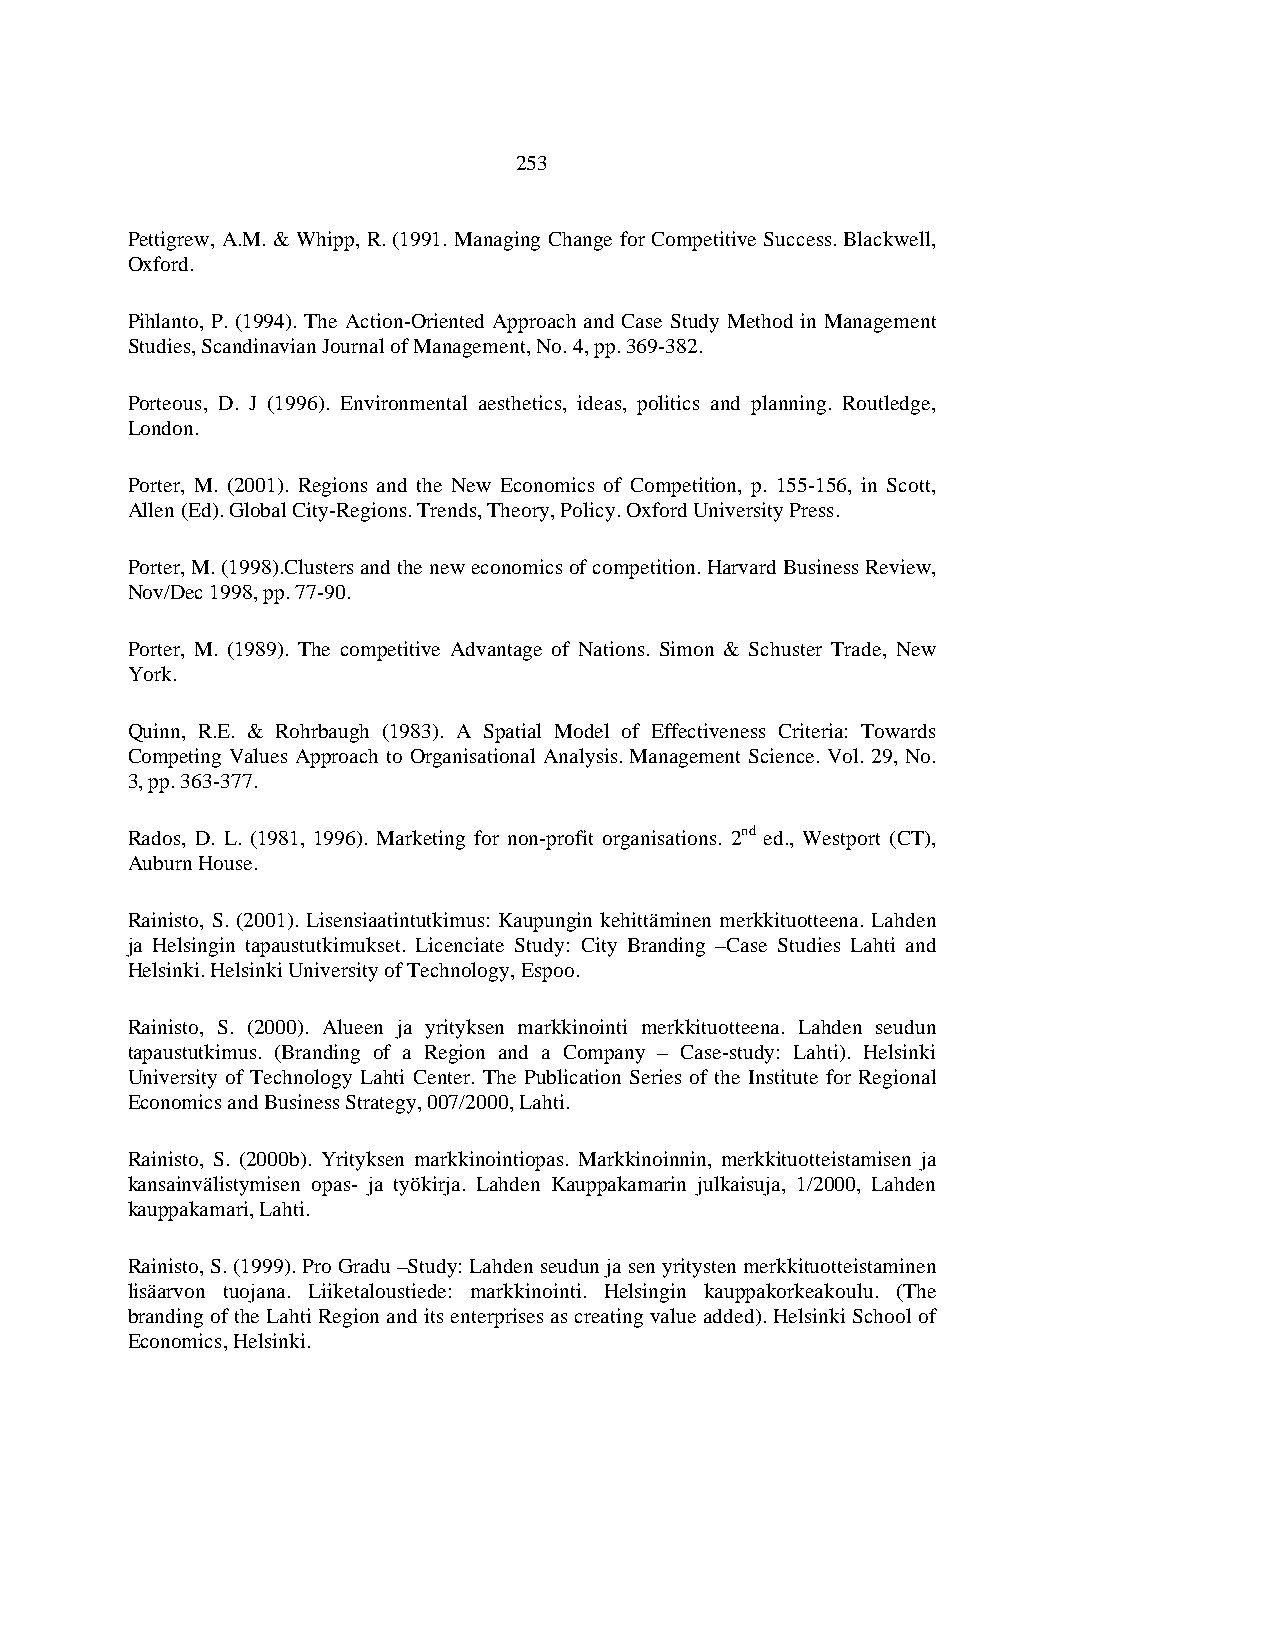
253
 Pettigrew, A.M. & Whipp, R. (1991. Managing Change for Competitive Success. Blackwell,
 Oxford.
 Pihlanto, P. (1994). The Action-Oriented Approach and Case Study Method in Management
 Studies, Scandinavian Journal of Management, No. 4, pp. 369-382.
 Porteous, D. J (1996). Environmental aesthetics, ideas, politics and planning. Routledge,
 London.
 Porter, M. (2001). Regions and the New Economics of Competition, p. 155-156, in Scott,
 Allen (Ed). Global City-Regions. Trends, Theory, Policy. Oxford University Press.
 Porter, M. (1998).Clusters and the new economics of competition. Harvard Business Review,
 Nov/Dec 1998, pp. 77-90.
 Porter, M. (1989). The competitive Advantage of Nations. Simon & Schuster Trade, New
 York.
 Quinn, R.E. & Rohrbaugh (1983). A Spatial Model of Effectiveness Criteria: Towards
 Competing Values Approach to Organisational Analysis. Management Science. Vol. 29, No.
 3, pp. 363-377.
 Rados, D. L. (1981, 1996). Marketing for non-profit organisations. 2nd ed., Westport (CT),
 Auburn House.
 Rainisto, S. (2001). Lisensiaatintutkimus: Kaupungin kehittäminen merkkituotteena. Lahden
 ja Helsingin tapaustutkimukset. Licenciate Study: City Branding –Case Studies Lahti and
 Helsinki. Helsinki University of Technology, Espoo.
 Rainisto, S. (2000). Alueen ja yrityksen markkinointi merkkituotteena. Lahden seudun
 tapaustutkimus. (Branding of a Region and a Company – Case-study: Lahti). Helsinki
 University of Technology Lahti Center. The Publication Series of the Institute for Regional
 Economics and Business Strategy, 007/2000, Lahti.
 Rainisto, S. (2000b). Yrityksen markkinointiopas. Markkinoinnin, merkkituotteistamisen ja
 kansainvälistymisen opas- ja työkirja. Lahden Kauppakamarin julkaisuja, 1/2000, Lahden
 kauppakamari, Lahti.
 Rainisto, S. (1999). Pro Gradu –Study: Lahden seudun ja sen yritysten merkkituotteistaminen
 lisäarvon tuojana. Liiketaloustiede: markkinointi. Helsingin kauppakorkeakoulu. (The
 branding of the Lahti Region and its enterprises as creating value added). Helsinki School of
 Economics, Helsinki.